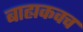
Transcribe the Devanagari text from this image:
बाह्यकवच